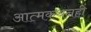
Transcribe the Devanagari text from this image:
आत्मकथनही